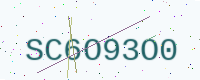
Text: SC6O93O0